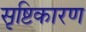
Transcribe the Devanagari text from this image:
सृष्टिकारण